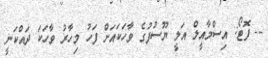
-- ފޮޓޯ: އިސްމާއީލް އަލީ ޔޫސުފުގެ ވާހަކައަށް ފަހު މިހާރު ވާހަކަ ދައްކަނީ